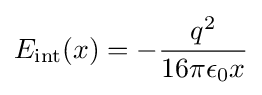
E_{\rm {int}}(x)=-{\frac {q^{2}}{16\pi \epsilon _{0}{x}}}